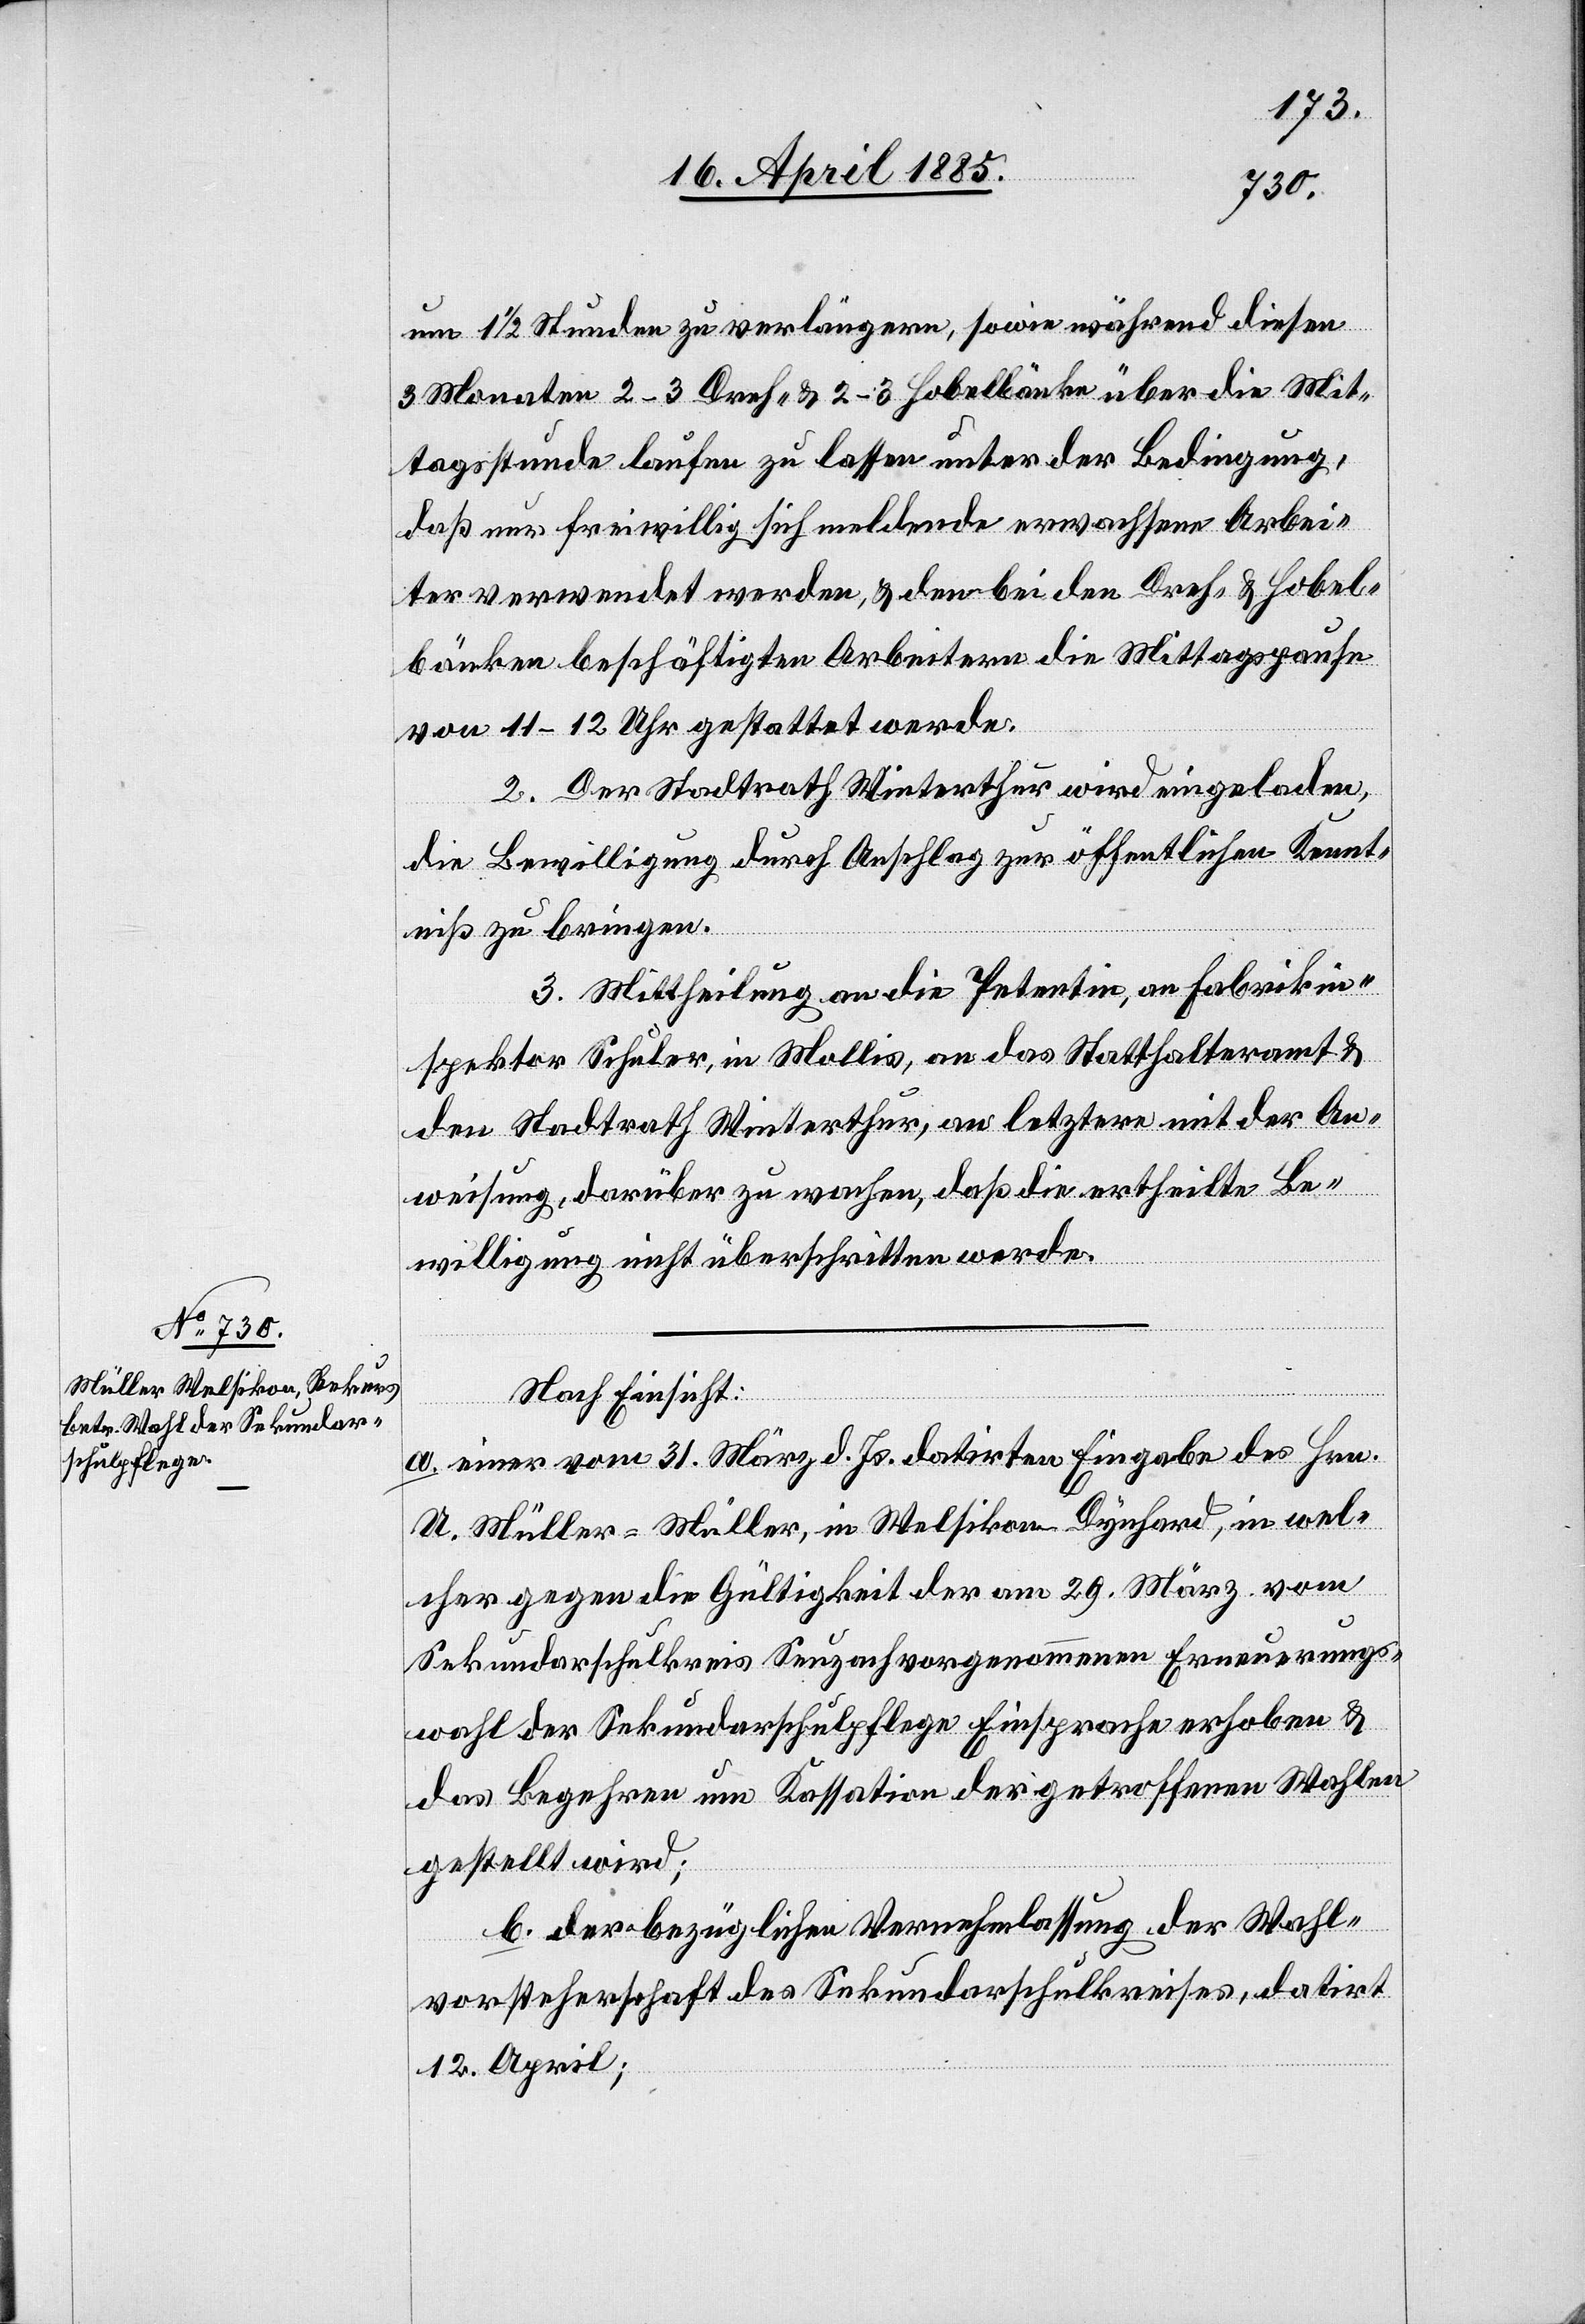
um 1 1/2 Stunden zu verlängern, sowie während diesen
3 Monaten 2–3 Dreh- & 2–3 Hobelbänke über die Mit¬
tagsstunde laufen zu lassen unter der Bedingung,
daß nur freiwillig sich meldende erwachsene Arbei¬
ter verwendet werden, & den bei den Dreh- & Hobel¬
bänken beschäftigten Arbeitern die Mittagspause
von 11–12 Uhr gestattet werde.
2. Der Stadtrath Winterthur wird eingeladen,
die Bewilligung durch Anschlag zur öffentlichen Kennt¬
niß zu bringen.
3. Mittheilung an die Petentin, an Fabrikin¬
spektor Schuler, in Mollis, an das Statthalteramt &
den Stadtrath Winterthur, an letztere mit der An¬
weisung, darüber zu wachen, daß die ertheilte Be¬
willigung nicht überschritten werde.
Nach Einsicht:
a. einer vom 31. März d. Js. datirten Eingabe des Hrn.
U. Müller-Müller, in Welsikon - Dynhard, in wel¬
cher gegen die Gültigkeit der am 29. März vom
Sekundarschulkreis Seuzach vorgenommenen Erneuerungs¬
wahl der Sekundarschulpflege Einsprache erhoben &
das Begehren um Kassation der getroffenen Wahlen
gestellt wird.
b. der bezüglichen Vernehmlassung der Wahl¬
vorsteherschaft des Sekundarschulkreises, datirt
12. April;